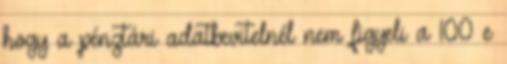
hogy a pénztári adatbevitelnél nem figyeli a 100 e